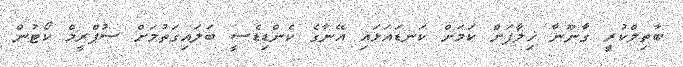
ބާތިލްކުރީ ގާނޫނާ ޚިލާފަށް ކަމަށް ކަނޑައަޅައި އޭނާގެ ކެންޑިޑެސީ ބަލައިގަތުމަށް ސުޕްރީމް ކޯޓުން